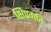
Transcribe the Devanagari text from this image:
क्षिप्रगति